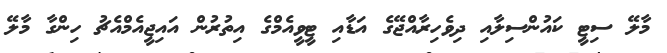
މާލޭ ސިޓީ ކައުންސިލާއި ދިވެހިރާއްޖޭގެ އަޑާއި ޓީވީއެމްގެ އިތުރުން އައިޖީއެމްއެޗު ހިންގާ މާލޭ